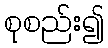
စုစည်း၍